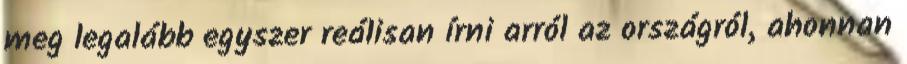
meg legalább egyszer reálisan írni arról az országról, ahonnan